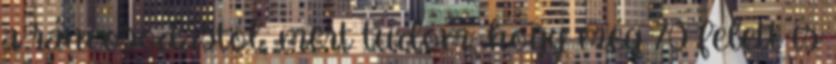
a ráncosodástól, mert tudom, hogy még 70 felett is